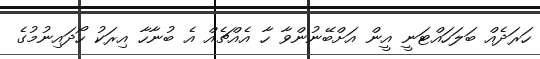
ހަރަދެއް ބަލަހައްޓަނީ އީން އަށްބޭނުންވާ ހާ އެއްޗެއް އެ ބުނާހާ އިރަކު ހޯދައިނުމުގެ